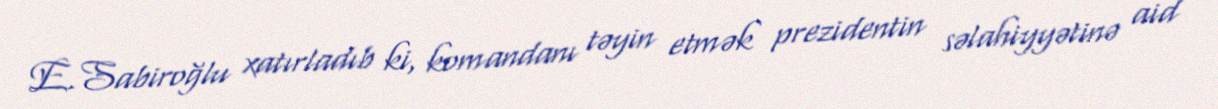
E.Sabiroğlu xatırladıb ki, komandanı təyin etmək prezidentin səlahiyyətinə aid